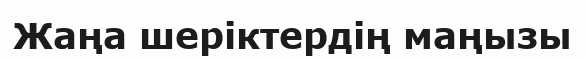
Жаңа шеріктердің маңызы